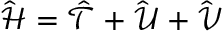
\mathcal { \hat { H } } = \mathcal { \hat { T } } + \mathcal { \hat { U } } + \mathcal { \hat { V } }